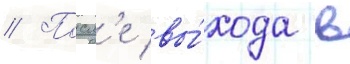
// Посл'е вы́хода в